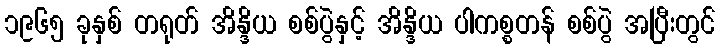
၁၉၆၅ ခုနှစ် တရုတ် အိန္ဒိယ စစ်ပွဲနှင့် အိန္ဒိယ ပါကစ္စတန် စစ်ပွဲ အပြီးတွင်